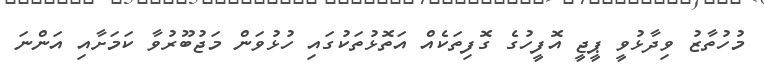
މުހުތާޒު ވިދާޅުވީ ޕީޖީ އޮފީހުގެ ގޮފިތަކެއް އަތޮޅުތަކުގައި ހުޅުވަން މަޖުބޫރުވާ ކަމަށާއި އަންނަ